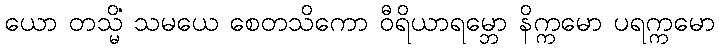
ယော တသ္မိံ သမယေ စေတသိကော ဝီရိယာရမ္ဘော နိက္ကမော ပရက္ကမော